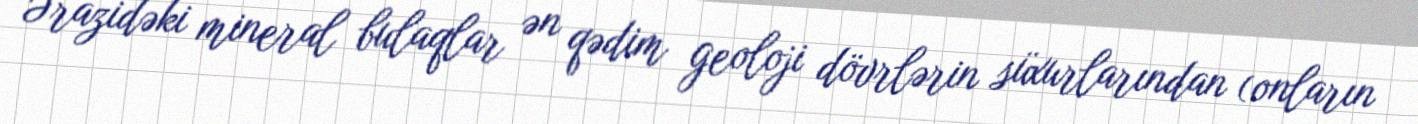
Ərazidəki mineral bulaqlar ən qədim geoloji dövrlərin süxurlarından (onların